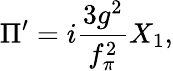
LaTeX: \Pi^{\prime}=i\frac{3g^{2}}{f_{\pi}^{2}}X_{1},